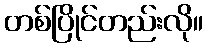
တစ်ပြိုင်တည်းလို။